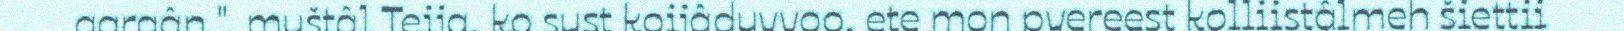
aargân.", muštâl Teija, ko sust koijâduvvoo, ete mon pyereest kolliistâlmeh šiettii